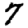
Digit: 7